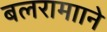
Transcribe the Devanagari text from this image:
बलरामााने